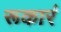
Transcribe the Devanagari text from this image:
रूकारं